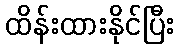
ထိန်းထားနိုင်ပြီး